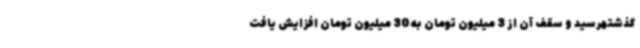
گذشتهرسید و سقف آن از 3 میلیون تومان به 30 میلیون تومان افزایش یافت